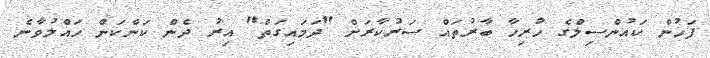
ފަހުން ކައުންސިލްގެ ހުރިހާ ބާރުތައް ސަރުކާރަށް "ދަމައިގަތް" އިރު ދެން ކަންކަން ހައްލުވާނެ